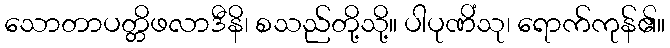
သောတာပတ္တိဖလာဒီနိ၊ စသည်တို့သို့။ ပါပုဏိံသု၊ ရောက်ကုန်၏။